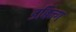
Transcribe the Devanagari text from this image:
डबिन्ग